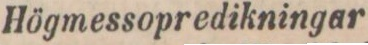
Högmessopredikningar